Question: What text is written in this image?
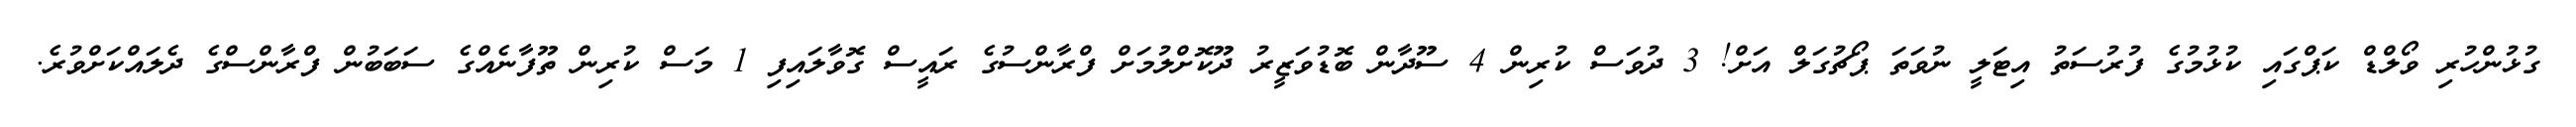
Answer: ގުޅުންހުރި ވޯލްޑް ކަޕްގައި ކުޅުމުގެ ފުރުސަތު އިޓަލީ ނުވަތަ ޕޯޗުގަލް އަށް! 3 ދުވަސް ކުރިން 4 ސޫދާން ބޮޑުވަޒީރު ދޫކޮށްލުމަށް ފްރާންސުގެ ރައީސް ގޮވާލައިފި 1 މަސް ކުރިން ތޫފާނެއްގެ ސަބަބުން ފްރާންސްގެ ދެލައްކަށްވުރެ.